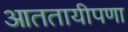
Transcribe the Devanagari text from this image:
आततायीपणा